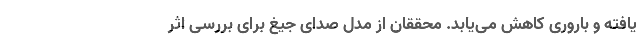
یافته و باروری کاهش می‌یابد. محققان از مدل صدای جیغ برای بررسی اثر